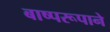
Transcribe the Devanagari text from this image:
बाष्परूपाने